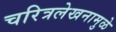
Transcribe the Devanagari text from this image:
चरित्रलेखनामुळे